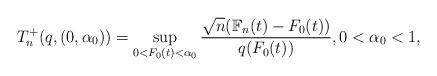
LaTeX: \begin{align*}T^+_{n}(q,(0,\alpha_0))=\sup_{0<F_0(t)<\alpha_0} \frac{\sqrt{n}(\mathbb{F}_{n}(t)-F_{0} (t))}{q(F_{0}(t))},0<\alpha_0<1,\end{align*}